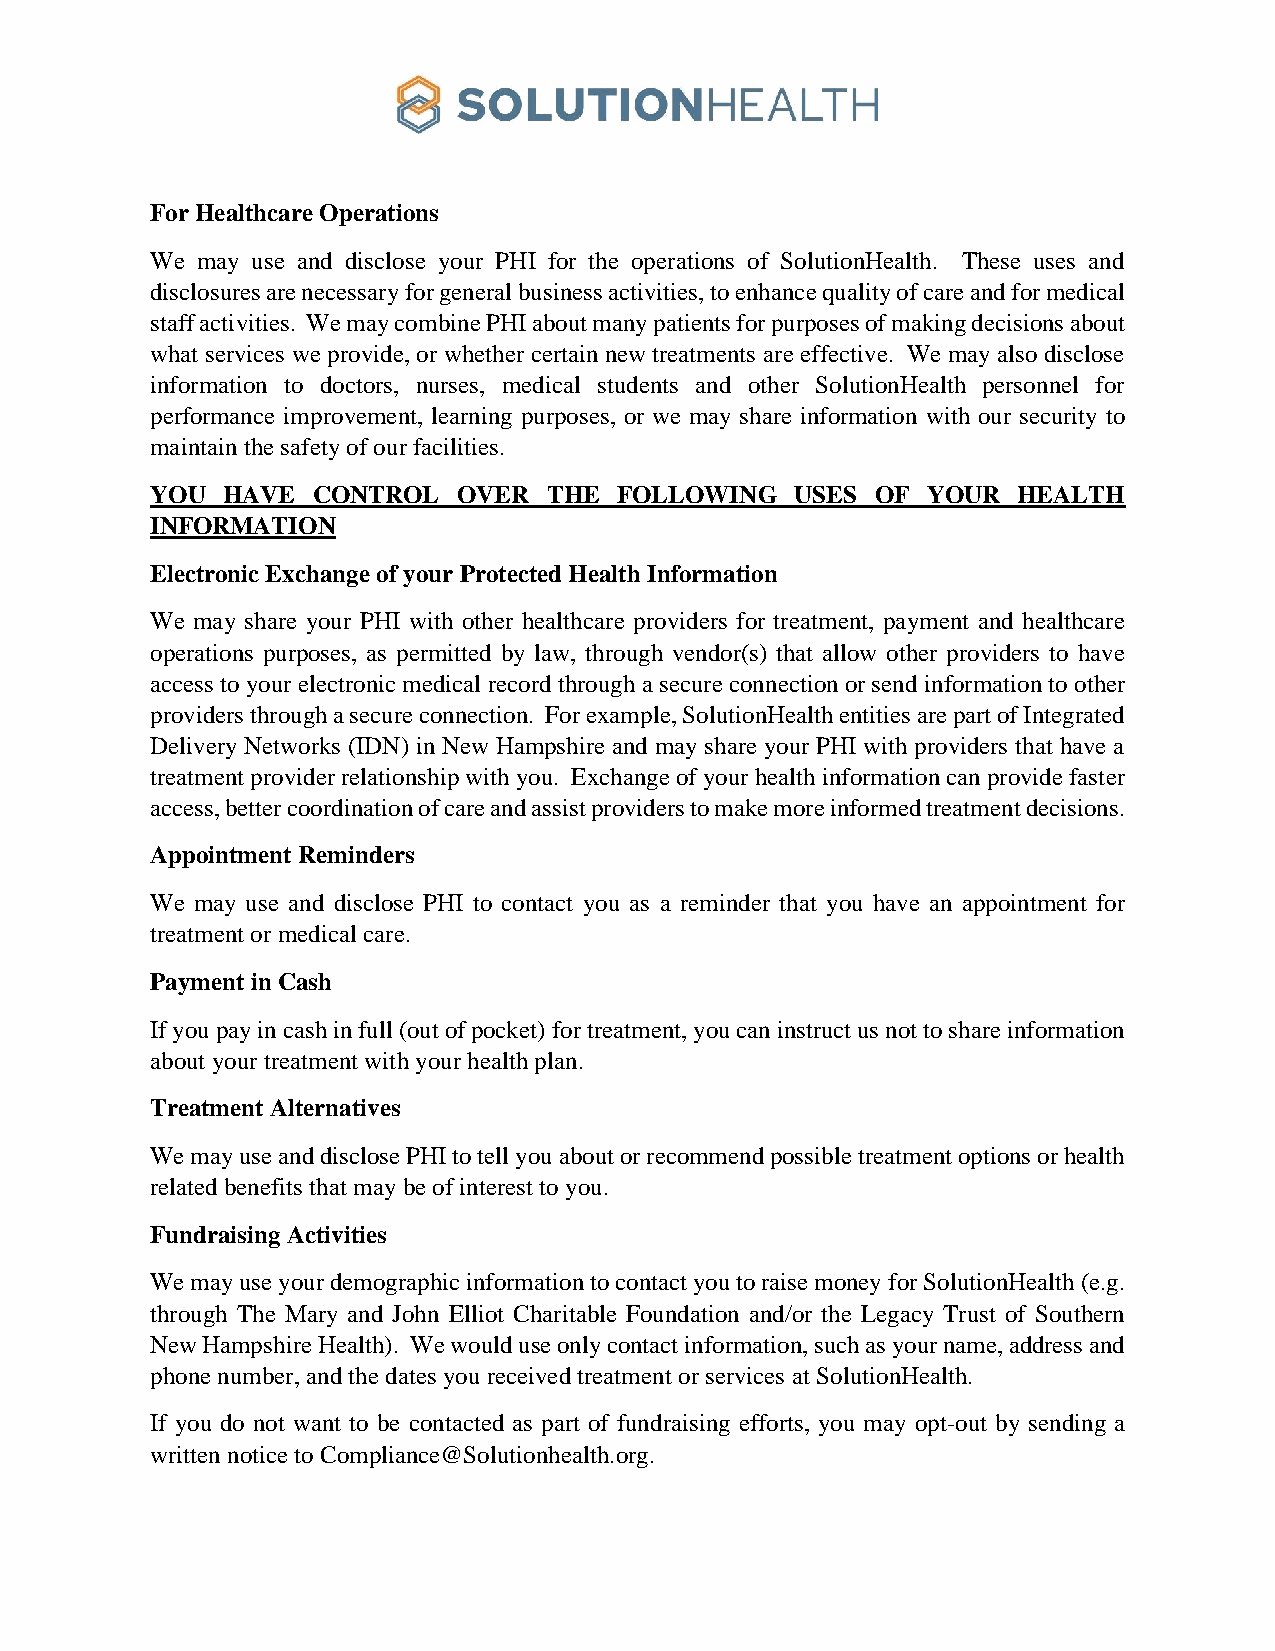
For Healthcare Operations
 We may use and disclose your PHI for the operations of SolutionHealth. These uses and
 disclosures are necessary for general business activities, to enhance quality of care and for medical
 staff activities. We may combine PHI about many patients for purposes of making decisions about
 what services we provide, or whether certain new treatments are effective. We may also disclose
 information to doctors, nurses, medical students and other SolutionHealth personnel for
 performance improvement, learning purposes, or we may share information with our security to
 maintain the safety of our facilities.
 YOU  HAVE  CONTROL  OVER  THE  FOLLOWING   USES OF YOUR  HEALTH
 INFORMATION
 Electronic Exchange of your Protected Health Information
 We may share your PHI with other healthcare providers for treatment, payment and healthcare
 operations purposes, as permitted by law, through vendor(s) that allow other providers to have
 access to your electronic medical record through a secure connection or send information to other
 providers through a secure connection. For example, SolutionHealth entities are part of Integrated
 Delivery Networks (IDN) in New Hampshire and may share your PHI with providers that have a
 treatment provider relationship with you. Exchange of your health information can provide faster
 access, better coordination of care and assist providers to make more informed treatment decisions.
 Appointment Reminders
 We may use and disclose PHI to contact you as a reminder that you have an appointment for
 treatment or medical care.
 Payment in Cash
 If you pay in cash in full (out of pocket) for treatment, you can instruct us not to share information
 about your treatment with your health plan.
 Treatment Alternatives
 We may use and disclose PHI to tell you about or recommend possible treatment options or health
 related benefits that may be of interest to you.
 Fundraising Activities
 We may use your demographic information to contact you to raise money for SolutionHealth (e.g.
 through The Mary and John Elliot Charitable Foundation and/or the Legacy Trust of Southern
 New Hampshire Health). We would use only contact information, such as your name, address and
 phone number, and the dates you received treatment or services at SolutionHealth.
 If you do not want to be contacted as part of fundraising efforts, you may opt-out by sending a
 written notice to Compliance@Solutionhealth.org.